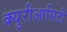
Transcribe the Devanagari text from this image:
क्युरीआसिटी